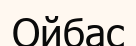
Ойбас